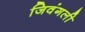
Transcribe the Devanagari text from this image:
जिवंगली